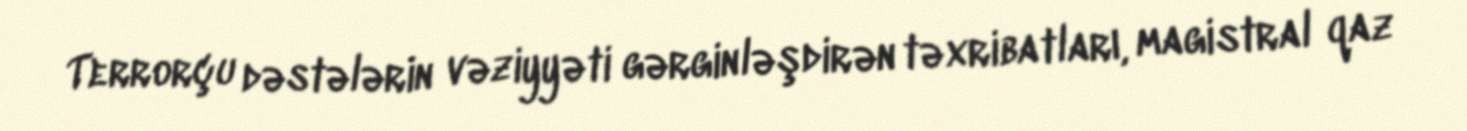
Terrorçu dəstələrin vəziyyəti gərginləşdirən təxribatları, magistral qaz